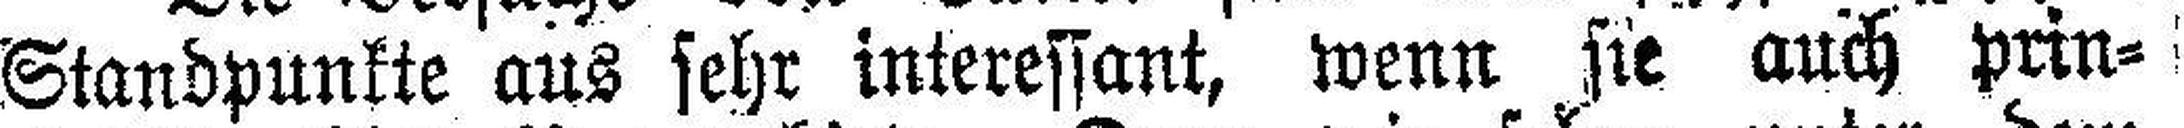
Standpunkte aus sehr interessant, wenn sie auch prin¬